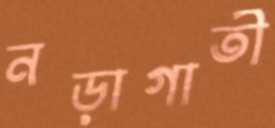
নড়াগাতী